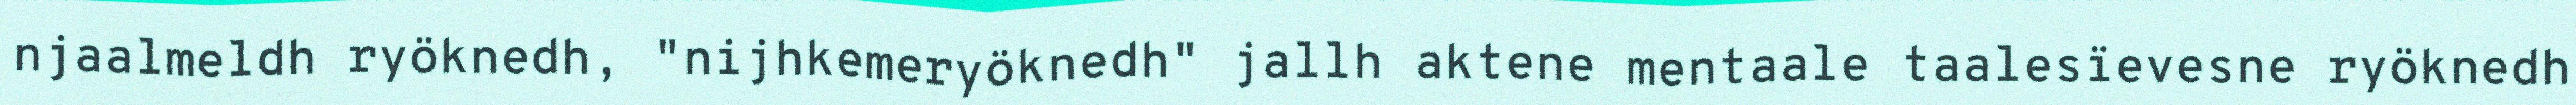
njaalmeldh ryöknedh, "nijhkemeryöknedh" jallh aktene mentaale taalesïevesne ryöknedh